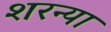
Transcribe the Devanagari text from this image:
शरन्या